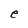
Character: e